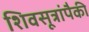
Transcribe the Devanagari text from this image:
शिवसूत्रांपैकी